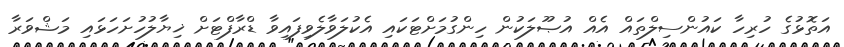
އަތޮޅުގެ ހުރިހާ ކައުންސިލްތައް އެއް އުޞޫލަކުން ހިންގުމަށްޓަކައި އެކުލަވާލެވިފައިވާ ޑްރާފްޓަށް ޚިޔާލުހުށަހަޅައި މަޝްވަރާ